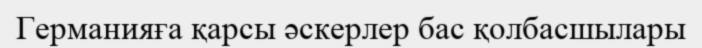
Германияға қарсы әскерлер бас қолбасшылары